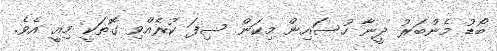
ބޯޑު މެންބަރު ދީނާ ހުސައިން މިކަން ސިފަ ކުރެއްވި ގޮތަކީ މިއީ އެވެ.